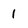
Character: 1